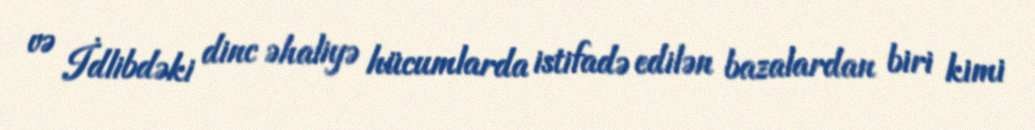
və İdlibdəki dinc əhaliyə hücumlarda istifadə edilən bazalardan biri kimi